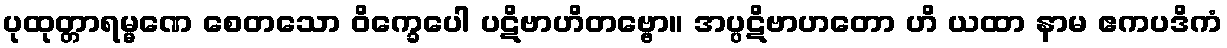
ပုထုတ္တာရမ္မဏေ စေတသော ဝိက္ခေပေါ ပဋိဗာဟိတဗ္ဗော။ အပ္ပဋိဗာဟတော ဟိ ယထာ နာမ ဧကပဒိကံ